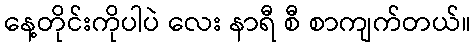
နေ့တိုင်းကိုပါပဲ လေး နာရီ စီ စာကျက်တယ်။